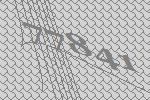
77841